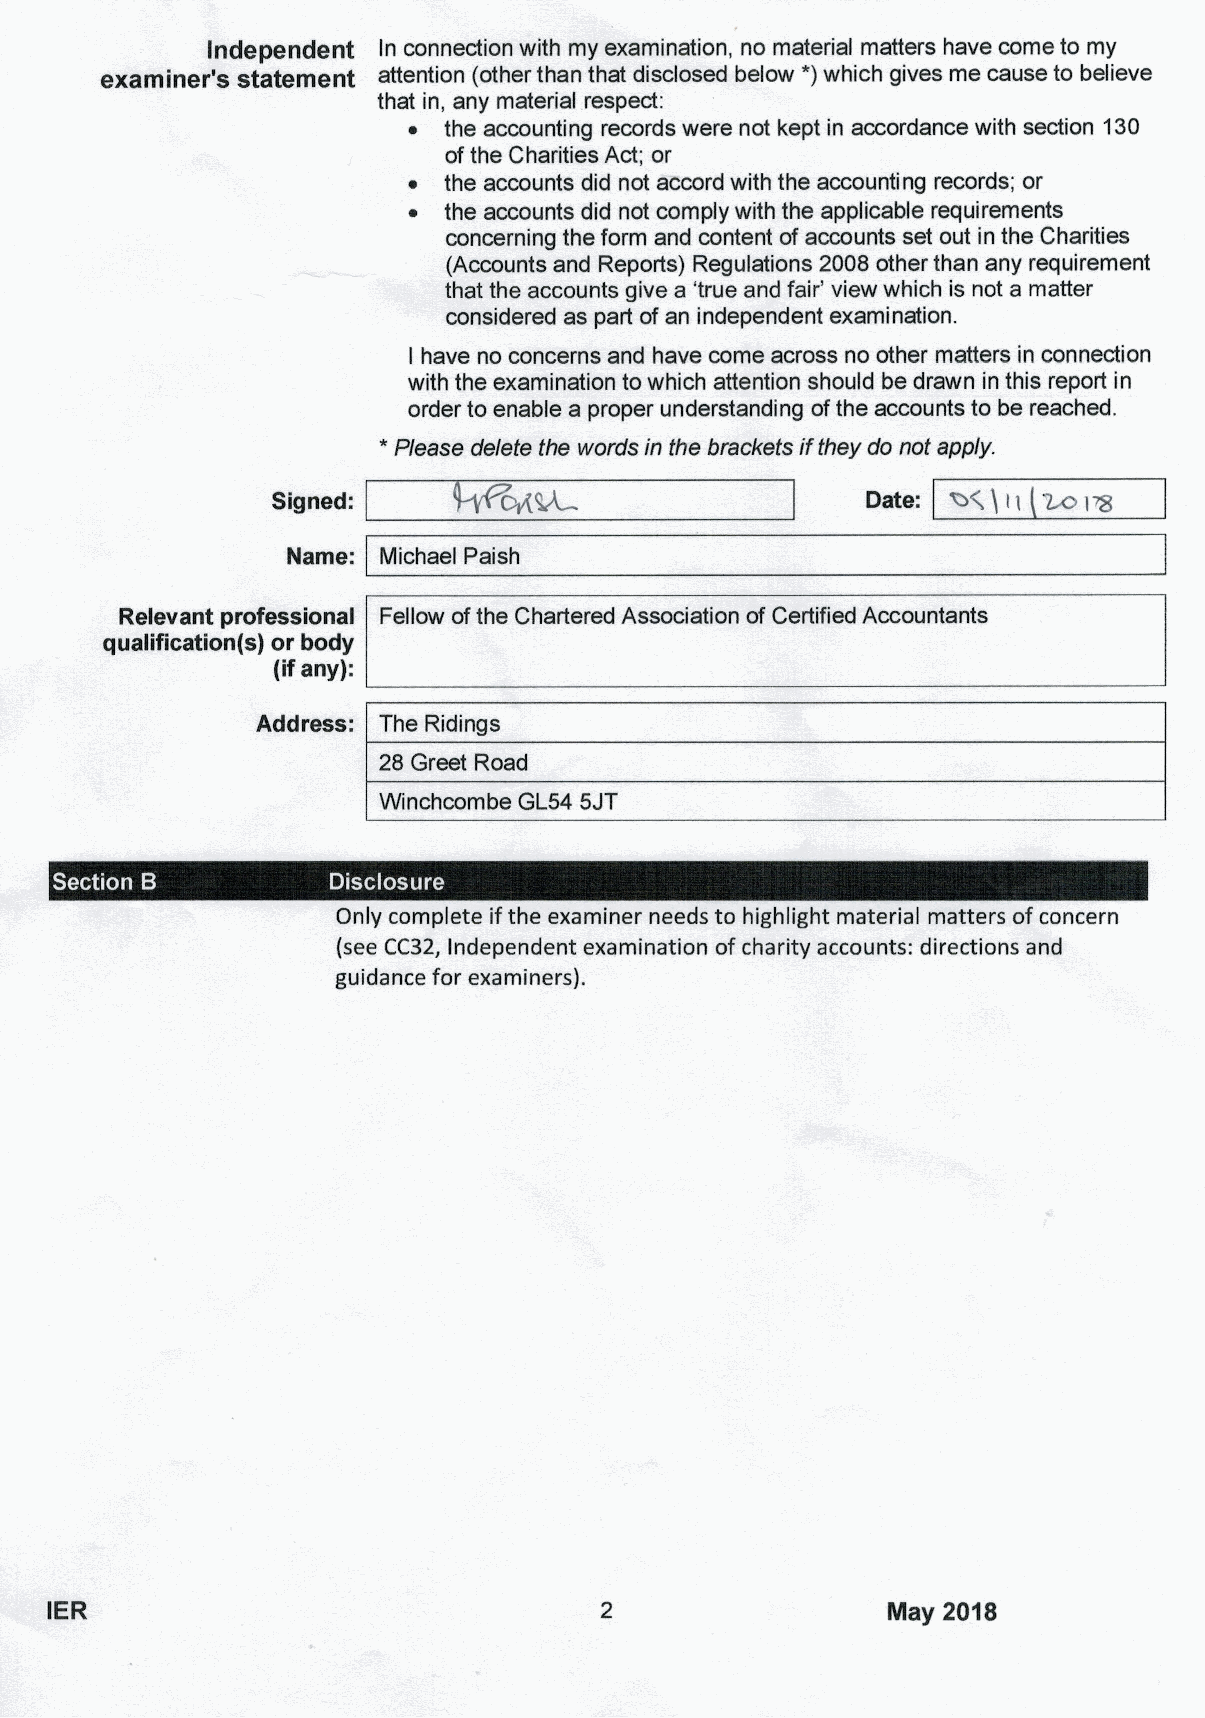
Independent ln connection with my examination, no material matters have come to my
 examiner's statement attention (other than that disclosed below )which gives me cause to believe
 that in, any material respect:
 ~ the accounting records were not kept in accordance with section 130
 ofthe Charities Act; or
 ~ the accounts did not accord with the accounting records; or
 ~ the accounts did not comply with the applicable requirements
 concerning the form and content of accounts set out in the Charities
 (Accounts and Reports) Regulations 2008 other than any requirement
 that the accounts give a 'true and fair' view which is not a matter
 considered as part ofan independent examination.
 have no concerns and have come across no other matters in connection
 I
 with the examination to which attention should be drawn in this report in
 order to enable a proper understanding ofthe accounts to be reached.
 *
 Please delete the words in the bracketsif they do not apply.
 cg~                                 ~1~
 Signed:                                Date: %~1111
 Name: Michael Paish
 Relevant professional Fellow ofthe Chartered Association of Certified Accountants
 qualification(s} or body
 (ifany}:
 Address: The Riding s
 28 Greet Road
 Winchcombe GL54 5JT
 ~  a           ~   ~
 Only complete ifthe examiner needs to highlight material matters ofconcern
 (see CC32, Independent examination ofcharity accounts: directions and
 guidance for examiners).
 IER                                                     IHay 2018